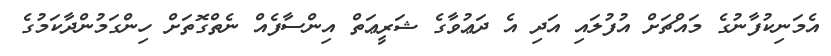
އެމަނިކުފާނުގެ މައްޗަށް އުފުލައި އަދި އެ ދަޢުވާގެ ޝަރީޢަތް އިންސާފެއް ނެތްގޮތަށް ހިންގަމުންދާކަމުގެ